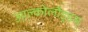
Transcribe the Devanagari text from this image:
आल्कोलौइ्डस्